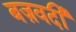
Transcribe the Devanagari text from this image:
बज़वर्दी